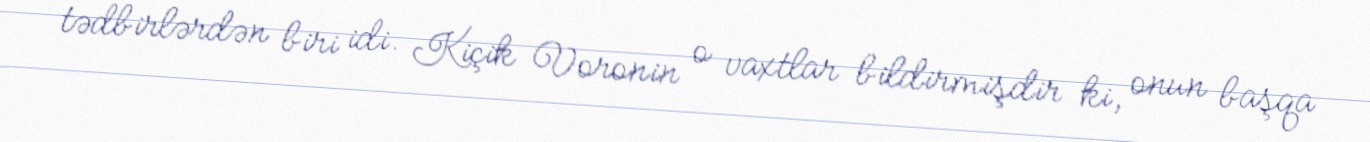
tədbirlərdən biri idi. Kiçik Voronin o vaxtlar bildirmişdir ki, onun başqa